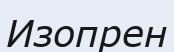
Изопрен